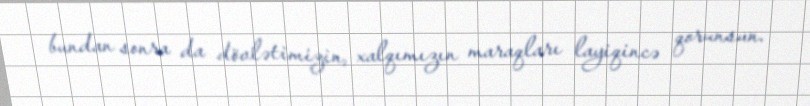
bundan sonra da dövlətimizin, xalqımızın maraqları layiqincə qorunsun.